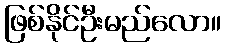
ဖြစ်နိုင်ဦးမည်လော။